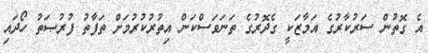
އެ ގޮތުން ސަރުކާރުގެ އަމާޒަކީ ގެދޮރުގެ ތަނަވަސްކަން އިތުރުކުރުމަށް ތަފާތު ފުރުޞަތު ހޯދައި